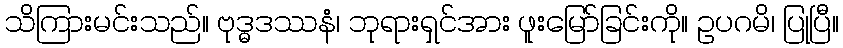
သိကြားမင်းသည်။ ဗုဒ္ဓဒဿနံ၊ ဘုရားရှင်အား ဖူးမြော်ခြင်းကို။ ဥပဂမိ၊ ပြုပြီ။